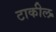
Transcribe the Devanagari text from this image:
टाकील